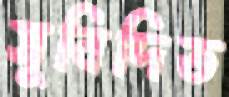
সুবিদিত